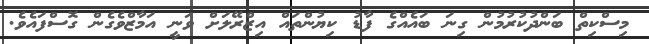
މިސްކިތް ބަންދުކުރުމުން ގިނަ ބައެއްގެ ފާޑު ކިޔުންތައް އިޒްރޭލަށް ވަނީ އަމާޒްވެގެން ގޮސްފައެވެ.